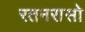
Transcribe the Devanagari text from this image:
रतनरासो